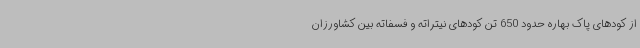
از کودهای پاک بهاره حدود 650 تن کودهای نیتراته و فسفاته بین کشاورزان